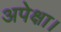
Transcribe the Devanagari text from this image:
अपेक्षा।